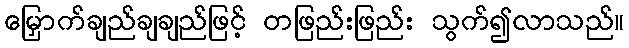
မြှောက်ချည်ချချည်ဖြင့် တဖြည်းဖြည်း သွက်၍လာသည်။